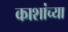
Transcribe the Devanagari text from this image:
काशांच्या